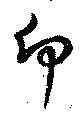
卬